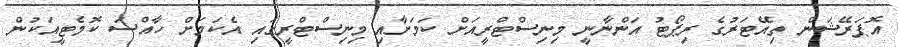
އޮޕަރޭޝަން ތިއޭޓަރުގެ ރިޕޯޓު އަންނާނީ މިނިސްޓްރީއަށް ކަމަށާއި މިނިސްޓްރީގައި އެކަމަށް ހާއްސަ ކޮމެޓީއަކުން